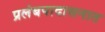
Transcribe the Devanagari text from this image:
प्रलंबपादासनात